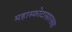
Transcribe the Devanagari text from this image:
महास्फोटासारख्या